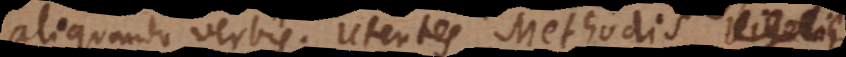
aliquando verbis, utentes Methodis Juriscons